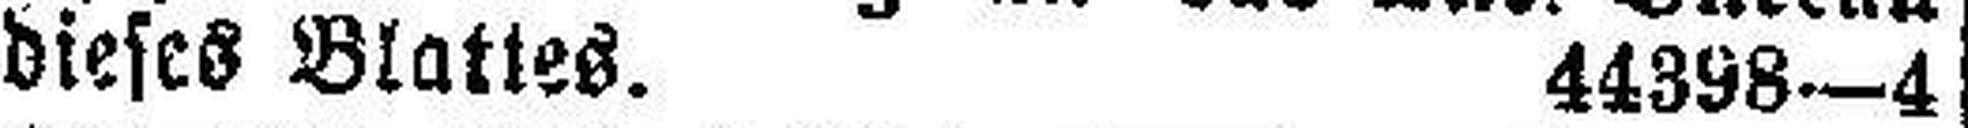
dieses Blattes. 44398—4